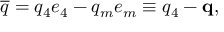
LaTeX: \overline { { { q } } } = q _ { 4 } e _ { 4 } - q _ { m } e _ { m } \equiv q _ { 4 } - \mathbf { q } ,